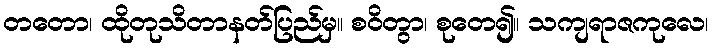
တတော၊ ထိုတုသိတာနတ်ပြည်မှ။ စဝိတွာ၊ စုတေ၍။ သကျရာဇကုလေ၊